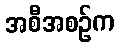
အစီအစဉ်က